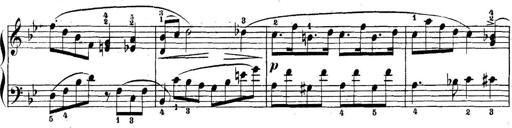
Title: 5 Sonatinas
Composer: Theodor Kirchner